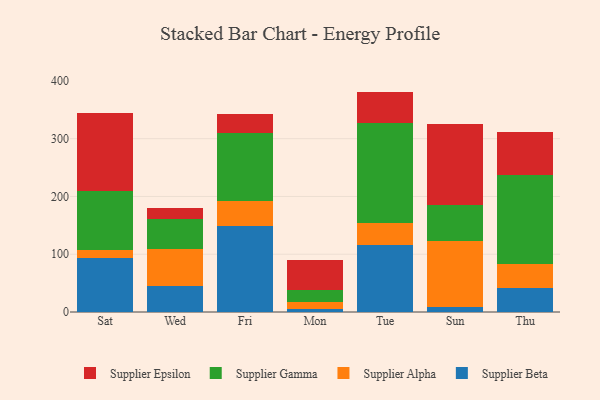
{"axis": {"x": "Day", "y": "Temperature (°C)"}, "legend": ["Supplier Alpha", "Supplier Beta", "Supplier Epsilon", "Supplier Gamma"], "data": [{"x": "Sat", "y": 94.2, "type": "Supplier Beta"}, {"x": "Sat", "y": 13.6, "type": "Supplier Alpha"}, {"x": "Sat", "y": 102.0, "type": "Supplier Gamma"}, {"x": "Sat", "y": 134.5, "type": "Supplier Epsilon"}, {"x": "Wed", "y": 45.2, "type": "Supplier Beta"}, {"x": "Wed", "y": 64.5, "type": "Supplier Alpha"}, {"x": "Wed", "y": 51.2, "type": "Supplier Gamma"}, {"x": "Wed", "y": 18.7, "type": "Supplier Epsilon"}, {"x": "Fri", "y": 148.9, "type": "Supplier Beta"}, {"x": "Fri", "y": 43.8, "type": "Supplier Alpha"}, {"x": "Fri", "y": 117.2, "type": "Supplier Gamma"}, {"x": "Fri", "y": 32.8, "type": "Supplier Epsilon"}, {"x": "Mon", "y": 5.7, "type": "Supplier Beta"}, {"x": "Mon", "y": 11.0, "type": "Supplier Alpha"}, {"x": "Mon", "y": 20.9, "type": "Supplier Gamma"}, {"x": "Mon", "y": 51.8, "type": "Supplier Epsilon"}, {"x": "Tue", "y": 116.0, "type": "Supplier Beta"}, {"x": "Tue", "y": 37.3, "type": "Supplier Alpha"}, {"x": "Tue", "y": 174.4, "type": "Supplier Gamma"}, {"x": "Tue", "y": 53.8, "type": "Supplier Epsilon"}, {"x": "Sun", "y": 9.0, "type": "Supplier Beta"}, {"x": "Sun", "y": 113.9, "type": "Supplier Alpha"}, {"x": "Sun", "y": 62.4, "type": "Supplier Gamma"}, {"x": "Sun", "y": 140.9, "type": "Supplier Epsilon"}, {"x": "Thu", "y": 42.3, "type": "Supplier Beta"}, {"x": "Thu", "y": 40.0, "type": "Supplier Alpha"}, {"x": "Thu", "y": 154.9, "type": "Supplier Gamma"}, {"x": "Thu", "y": 74.4, "type": "Supplier Epsilon"}]}